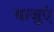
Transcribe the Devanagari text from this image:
बाजुएं